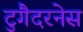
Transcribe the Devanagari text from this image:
टुगैदरनेस